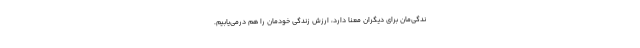
ندگی‌مان برای دیگران معنا دارد، ارزشِ زندگیِ خودمان را هم درمی‌یابیم.